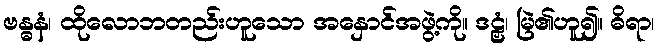
ဗန္ဓနံ၊ ထိုလောဘတည်းဟူသော အနှောင်အဖွဲ့ကို။ ဒဠှံ၊ မြဲ၏ဟူ၍။ ဓိရာ၊